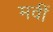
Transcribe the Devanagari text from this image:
मवीं